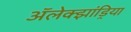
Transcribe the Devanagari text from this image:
अॅलेक्झांड्रिया